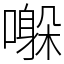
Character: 𫬀